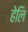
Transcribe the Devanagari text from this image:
हेलि